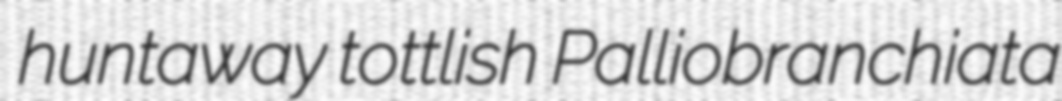
huntaway tottlish Palliobranchiata